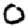
Digit: 0